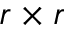
r \times r